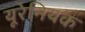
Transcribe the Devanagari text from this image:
यूरेनियक